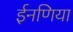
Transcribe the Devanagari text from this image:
ईनणिया